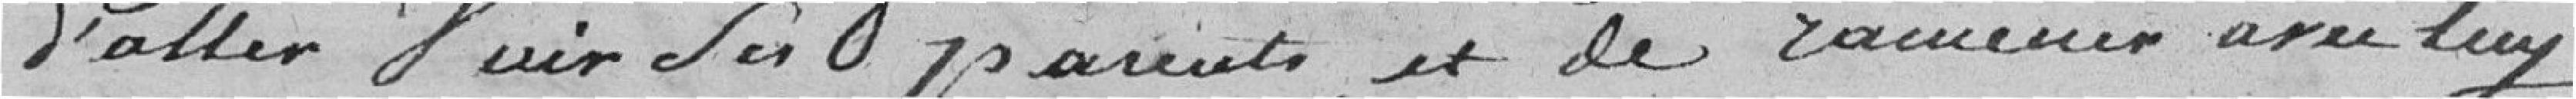
d'aller voir ses parents, et de ramener avec lui